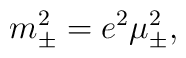
m^2_\pm = e^2 \mu^2_\pm,